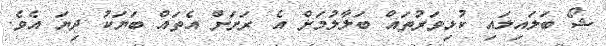
ޝޯ ބަލައިލައި ކުޅިވަރުތައް ބަލާލުމަށް އެ ރަށަށް އެތައް ބަޔަކު ދިޔަ އެވެ.